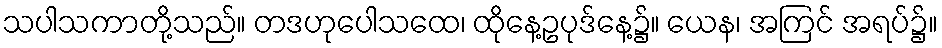
သပါသကာတို့သည်။ တဒဟုပေါသထေ၊ ထိုနေ့ဥပုဒ်နေ့၌။ ယေန၊ အကြင် အရပ်၌။